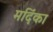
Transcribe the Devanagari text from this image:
मदिंका